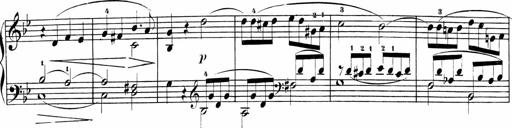
Title: Sonatinen Op.47, 98 und 136, nebst 6 Liedersonatinen
Composer: Carl Reinecke